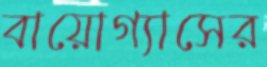
বায়োগ্যাসের